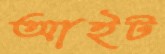
আইট